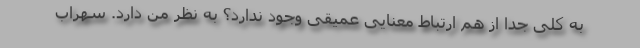
به کلی جدا از هم ارتباط معنایی عمیقی وجود ندارد؟ به نظر من دارد. سهراب